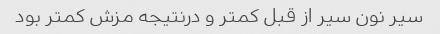
سیر نون سیر از قبل کمتر و درنتیجه مزش کمتر بود